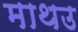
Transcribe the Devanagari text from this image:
माथउ